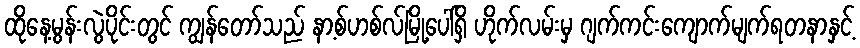
ထိုနေ့မွန်းလွဲပိုင်းတွင် ကျွန်တော်သည် နာ့စ်ဟစ်လ်မြို့ပေါ်ရှိ ဟိုက်လမ်းမှ ဂျက်ကင်းကျောက်မျက်ရတနာနှင့်